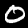
Label: 0